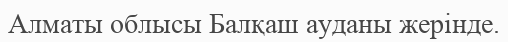
Алматы облысы Балқаш ауданы жерінде.